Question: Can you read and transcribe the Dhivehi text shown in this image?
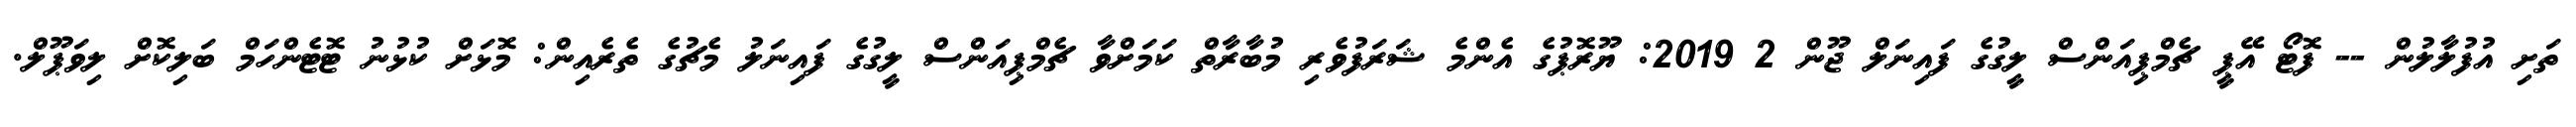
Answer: ތަށި އުފުލާލުން -- ފޮޓޯ އޭޕީ ޗެމްޕިއަންސް ލީގުގެ ފައިނަލް ޖޫން 2 2019: ޔޫރޮޕުގެ އެންމެ ޝަރަފުވެރި މުބާރާތް ކަމަށްވާ ޗެމްޕިއަންސް ލީގުގެ ފައިނަލު މެޗުގެ ތެރެއިން: މޮޅަށް ކުޅުނު ޓޮޓެންހަމް ބަލިކޮށް ލިވަޕޫލް.